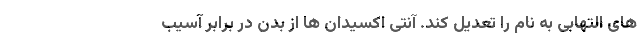
های التهابی به نام را تعدیل کند. آنتی اکسیدان ها از بدن در برابر آسیب